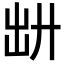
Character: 𪞷